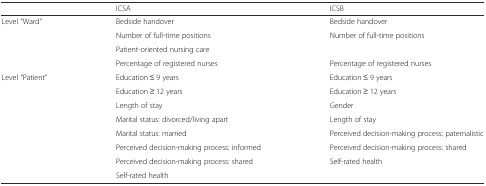
|  | ICSA | ICSB |
 | --- | --- | --- |
 | Level “Ward” | Bedside handover | Bedside handover |
 |  | Number of full-time positions | Number of full-time positions |
 |  | Patient-oriented nursing care |  |
 |  | Percentage of registered nurses | Percentage of registered nurses |
 | Level “Patient” | Education ≤ 9 years | Education ≤ 9 years |
 |  | Education ≥ 12 years | Education ≥ 12 years |
 |  | Length of stay | Gender |
 |  | Marital status: divorced/living apart | Length of stay |
 |  | Marital status: married | Perceived decision-making process: paternalistic |
 |  | Perceived decision-making process: informed | Perceived decision-making process: shared |
 |  | Perceived decision-making process: shared | Self-rated health |
 |  | Self-rated health |  |